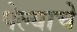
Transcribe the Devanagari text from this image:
पेल्याचे